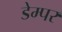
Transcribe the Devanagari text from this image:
डेम्पर